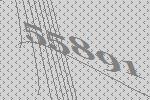
55891